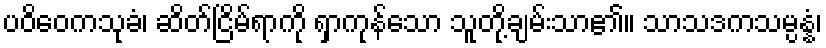
ပဝိဝေကသုခံ၊ ဆိတ်ငြိမ်ရာကို ရှာကုန်သော သူတို့ချမ်းသာ၏။ သာသဒကသမ္ပန္နံ၊